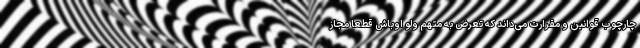
چارچوب قوانین و مقرارت می‌داند که تعرض به متهم ولو اوباش قطعا مجاز